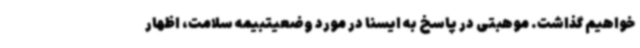
خواهیم گذاشت. موهبتی در پاسخ به ایسنا در مورد وضعیتبیمه سلامت، اظهار